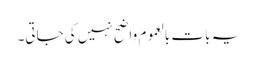
یہ بات بالعموم واضح نہیں کی جاتی۔